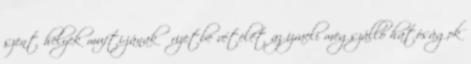
szent helyek mufti-jának őrizetbe vételét az izraeli megszálló hatóságok